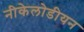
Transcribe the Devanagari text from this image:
नीकेलोडीयन